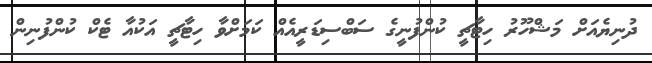
ދުނިޔެއަށް މަޝްހޫރު ހިޓާޗީ ކުންފުނީގެ ސަބްސިޑަރީއެއް ކަމަށްވާ ހިޓާޗީ އަކުއާ ޓެކް ކުންފުނިން